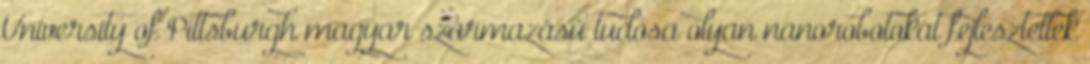
University of Pittsburgh magyar származású tudósa olyan nanorobotokat fejlesztettek